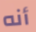
أنه